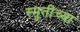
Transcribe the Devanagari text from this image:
स्मृतींच्या